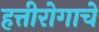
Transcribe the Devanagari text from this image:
हत्तीरोगाचे